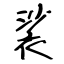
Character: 裟